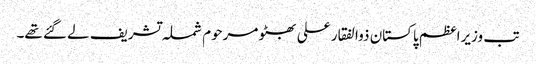
تب وزیراعظم پاکستان ذوالفقار علی بھٹو مرحوم شملہ تشریف لے گئے تھے۔